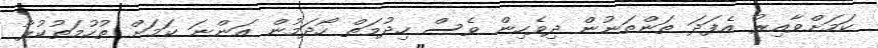
ކަމަށްވާއިރު އެފަދަ ތަންތަނުން ދިވެހިން ވެސް ހިދުމަތް ހޯދަމުން އަންނަ ކަމަށް ތުހުމަތުކުރާ